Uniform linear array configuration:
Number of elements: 8
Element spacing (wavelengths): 1
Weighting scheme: uniform
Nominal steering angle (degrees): -60
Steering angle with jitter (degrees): -60.083
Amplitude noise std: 0.05
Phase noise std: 0.05

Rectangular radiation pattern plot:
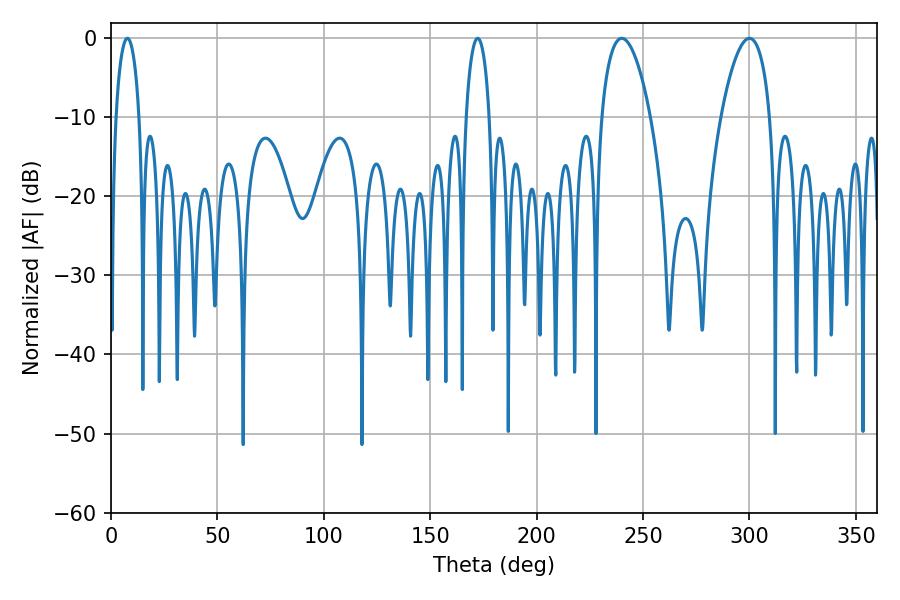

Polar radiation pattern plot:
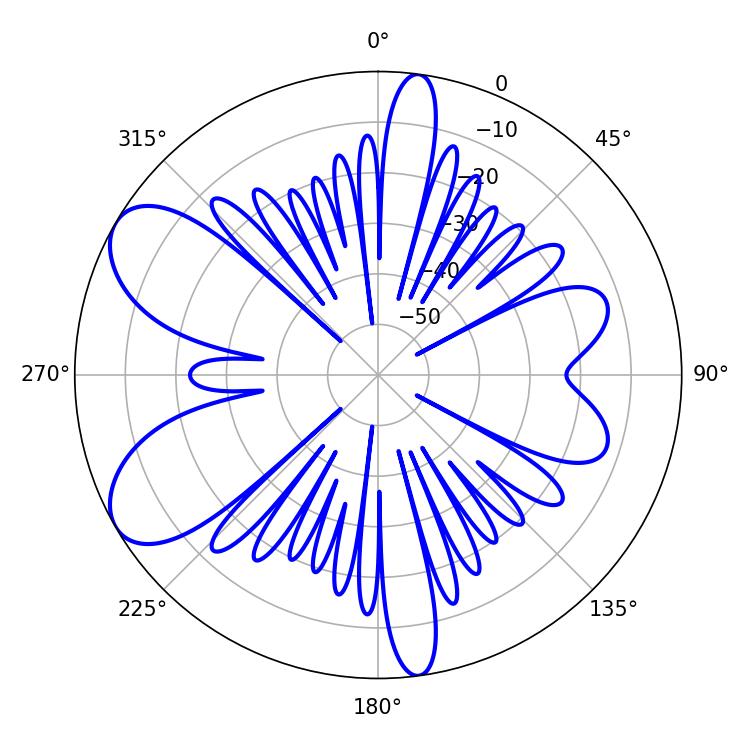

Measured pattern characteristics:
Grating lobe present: TRUE
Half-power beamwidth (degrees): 12.96
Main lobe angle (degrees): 239.94